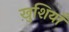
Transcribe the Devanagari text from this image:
ख़ुशियाँ